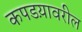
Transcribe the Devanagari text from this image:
कपडय़ावरील